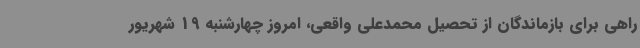
راهی برای بازماندگان از تحصیل محمدعلی واقعی، امروز چهارشنبه 19 شهریور